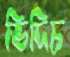
ভিদিচ